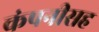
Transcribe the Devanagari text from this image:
कंपनीसह